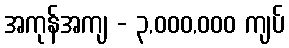
အကုန်အကျ - ၃,၀၀၀,၀၀၀ ကျပ်